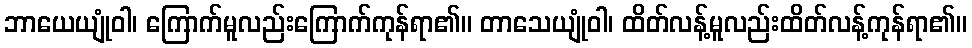
ဘာယေယျုံဝါ၊ ကြောက်မူလည်းကြောက်ကုန်ရာ၏။ တာသေယျုံဝါ၊ ထိတ်လန့်မူလည်းထိတ်လန့်ကုန်ရာ၏။